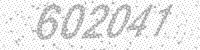
Solution: 602041